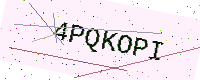
Text: 4PQKOPI